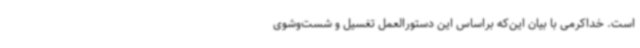
است. خداکرمی با بیان این‌که براساس این دستورالعمل تغسیل و شست‌وشوی